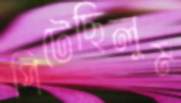
পিটেছিলুম